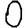
Digit: 0